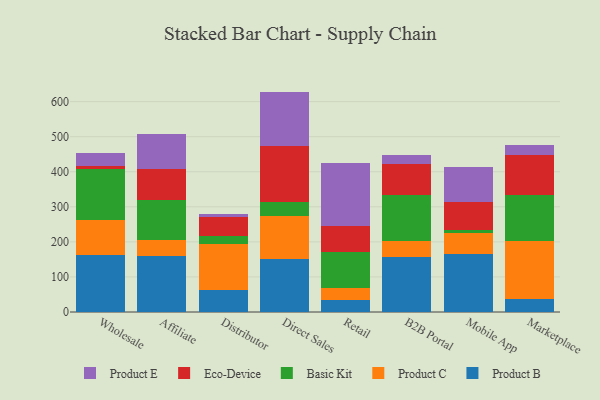
{"axis": {"x": "Channel", "y": "Inventory Turnover"}, "legend": ["Basic Kit", "Eco-Device", "Product B", "Product C", "Product E"], "data": [{"x": "Wholesale", "y": 161.5, "type": "Product B"}, {"x": "Wholesale", "y": 101.0, "type": "Product C"}, {"x": "Wholesale", "y": 145.2, "type": "Basic Kit"}, {"x": "Wholesale", "y": 9.4, "type": "Eco-Device"}, {"x": "Wholesale", "y": 36.1, "type": "Product E"}, {"x": "Affiliate", "y": 160.4, "type": "Product B"}, {"x": "Affiliate", "y": 44.9, "type": "Product C"}, {"x": "Affiliate", "y": 115.0, "type": "Basic Kit"}, {"x": "Affiliate", "y": 87.4, "type": "Eco-Device"}, {"x": "Affiliate", "y": 99.2, "type": "Product E"}, {"x": "Distributor", "y": 62.5, "type": "Product B"}, {"x": "Distributor", "y": 130.3, "type": "Product C"}, {"x": "Distributor", "y": 22.8, "type": "Basic Kit"}, {"x": "Distributor", "y": 54.0, "type": "Eco-Device"}, {"x": "Distributor", "y": 8.8, "type": "Product E"}, {"x": "Direct Sales", "y": 152.1, "type": "Product B"}, {"x": "Direct Sales", "y": 122.0, "type": "Product C"}, {"x": "Direct Sales", "y": 38.7, "type": "Basic Kit"}, {"x": "Direct Sales", "y": 160.9, "type": "Eco-Device"}, {"x": "Direct Sales", "y": 154.8, "type": "Product E"}, {"x": "Retail", "y": 34.3, "type": "Product B"}, {"x": "Retail", "y": 33.6, "type": "Product C"}, {"x": "Retail", "y": 103.8, "type": "Basic Kit"}, {"x": "Retail", "y": 74.5, "type": "Eco-Device"}, {"x": "Retail", "y": 177.4, "type": "Product E"}, {"x": "B2B Portal", "y": 158.0, "type": "Product B"}, {"x": "B2B Portal", "y": 44.8, "type": "Product C"}, {"x": "B2B Portal", "y": 131.5, "type": "Basic Kit"}, {"x": "B2B Portal", "y": 87.9, "type": "Eco-Device"}, {"x": "B2B Portal", "y": 26.9, "type": "Product E"}, {"x": "Mobile App", "y": 164.0, "type": "Product B"}, {"x": "Mobile App", "y": 61.5, "type": "Product C"}, {"x": "Mobile App", "y": 8.9, "type": "Basic Kit"}, {"x": "Mobile App", "y": 80.0, "type": "Eco-Device"}, {"x": "Mobile App", "y": 98.7, "type": "Product E"}, {"x": "Marketplace", "y": 37.8, "type": "Product B"}, {"x": "Marketplace", "y": 164.5, "type": "Product C"}, {"x": "Marketplace", "y": 132.3, "type": "Basic Kit"}, {"x": "Marketplace", "y": 112.1, "type": "Eco-Device"}, {"x": "Marketplace", "y": 29.2, "type": "Product E"}]}